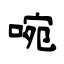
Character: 啘